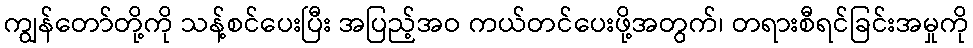
ကျွန်တော်တို့ကို သန့်စင်ပေးပြီး အပြည့်အဝ ကယ်တင်ပေးဖို့အတွက်၊ တရားစီရင်ခြင်းအမှုကို